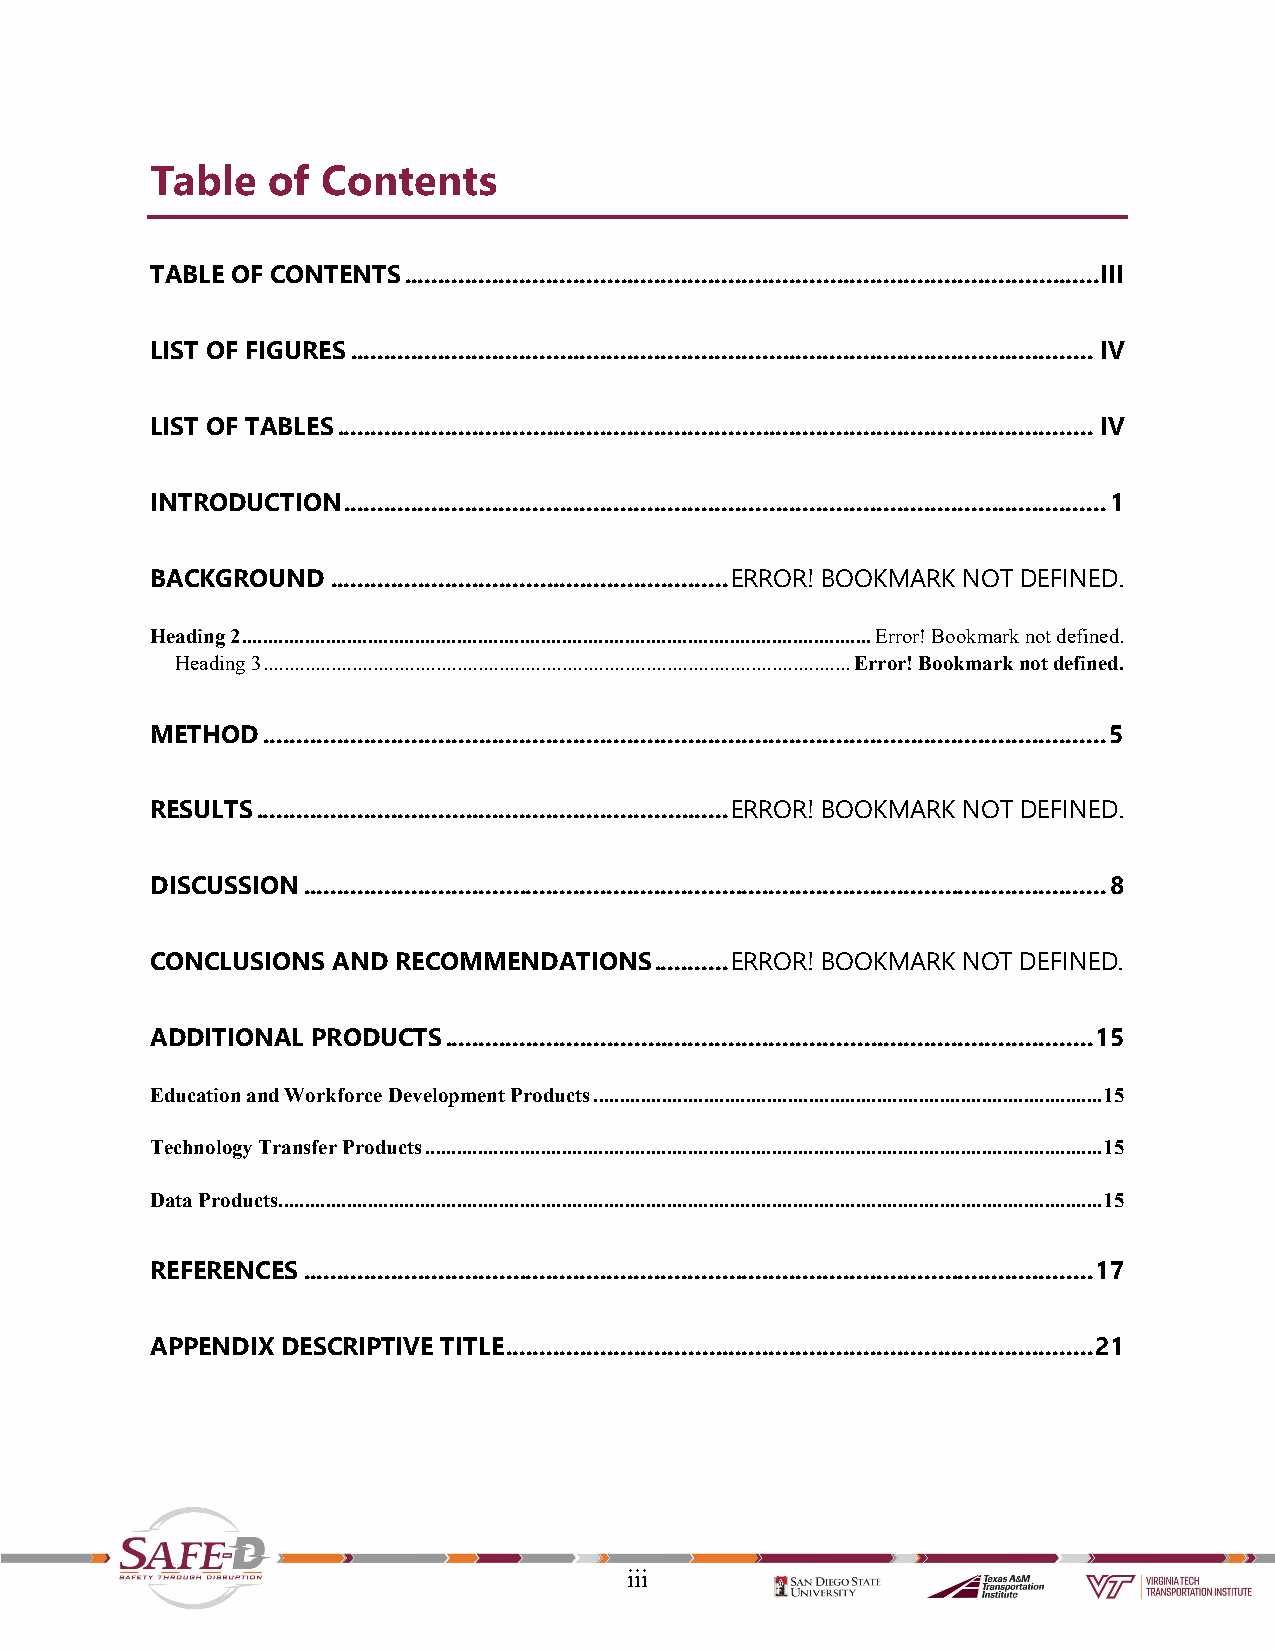
Table   of Contents
 TABLE OF CONTENTS .......................................................................................................III
 LIST OF FIGURES .............................................................................................................. IV
 LIST OF TABLES ................................................................................................................ IV
 INTRODUCTION ................................................................................................................. 1
 BACKGROUND  ........................................................... ERROR! BOOKMARK NOT DEFINED.
 Heading 2 ........................................................................................................................ Error! Bookmark not defined.
 Heading 3 ................................................................................................................ Error! Bookmark not defined.
 METHOD ............................................................................................................................. 5
 RESULTS ...................................................................... ERROR! BOOKMARK NOT DEFINED.
 DISCUSSION ....................................................................................................................... 8
 CONCLUSIONS AND RECOMMENDATIONS  ........... ERROR! BOOKMARK NOT DEFINED.
 ADDITIONAL PRODUCTS ................................................................................................ 15
 Education and Workforce Development Products ................................................................................................. 15
 Technology Transfer Products ................................................................................................................................. 15
 Data Products ............................................................................................................................................................. 15
 REFERENCES ..................................................................................................................... 17
 APPENDIX DESCRIPTIVE TITLE ....................................................................................... 21
 iii